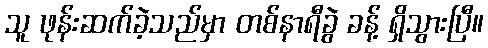
သူ ဖုန်းဆက်ခဲ့သည်မှာ တစ်နာရီခွဲ ခန့် ရှိသွားပြီ။